Vabadussoja_Ajaloo_Komitee, lk 8
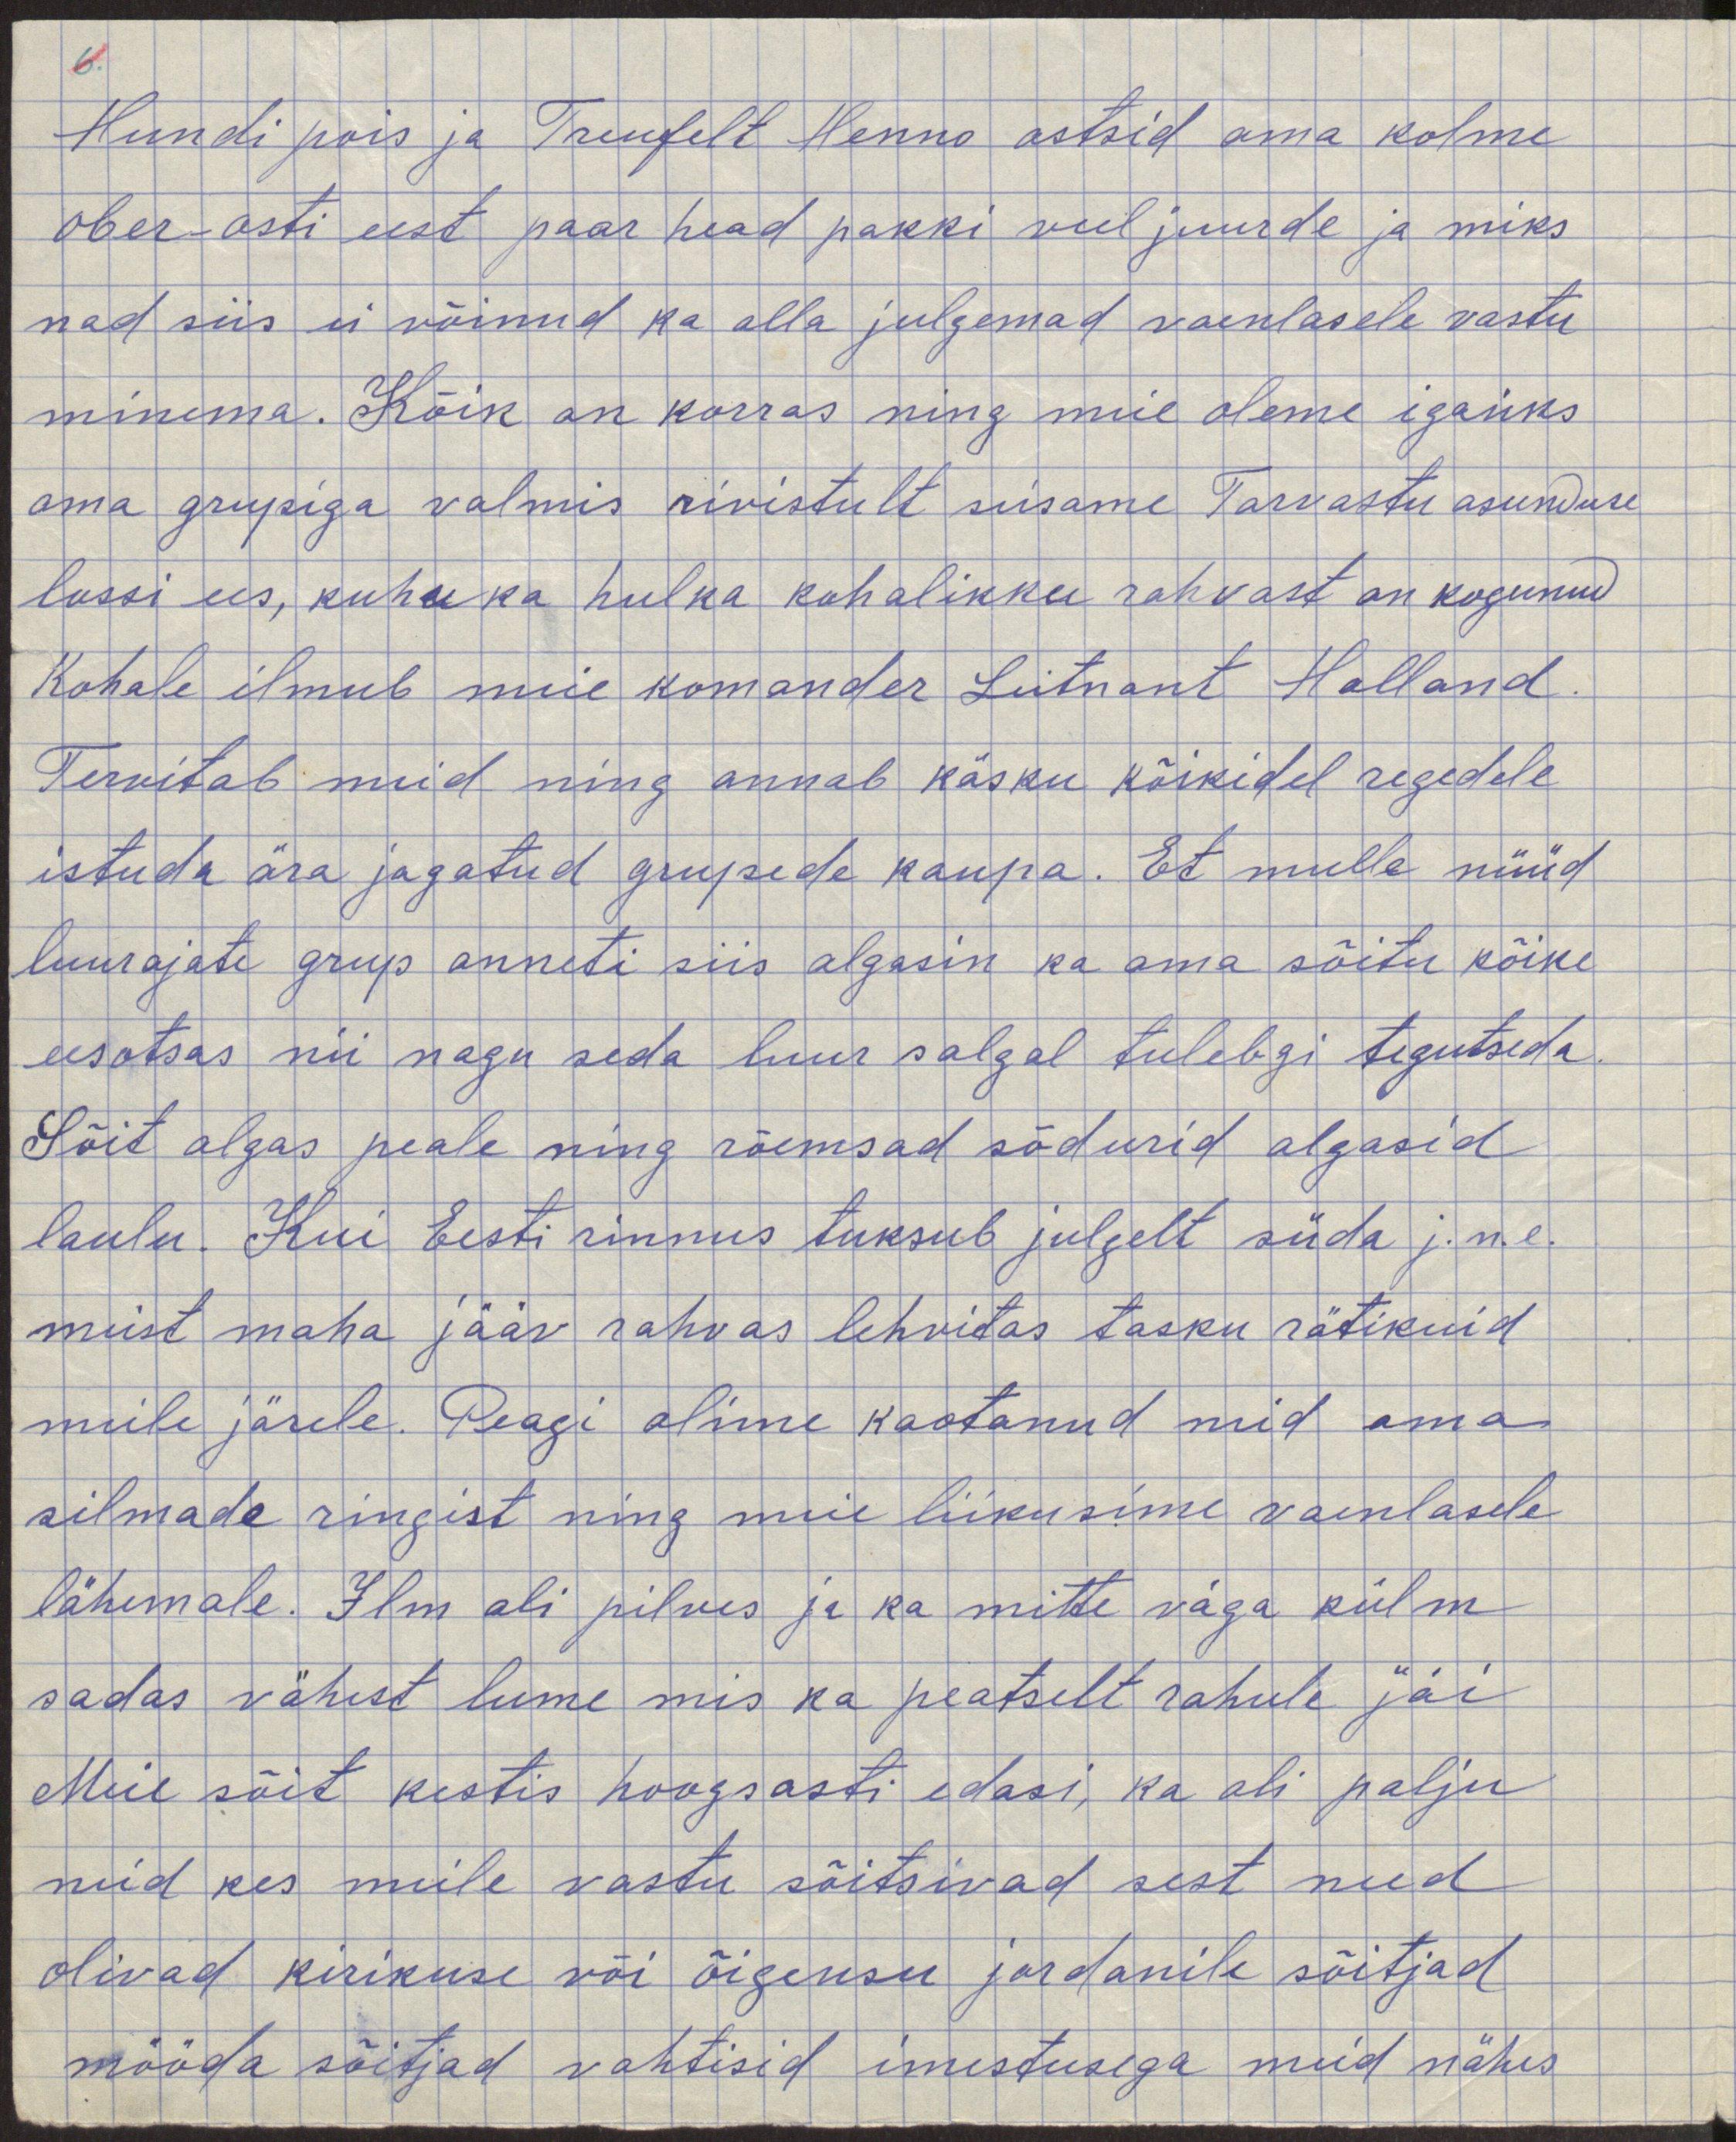
Hundi pois ja Trunfelt Henno ostsid oma kolme
ober-osti eest paar head pakki veel juurde ja miks
nad siis ei võinud ka olla julgemad vaenlasele vastu
minema. Kõik on korras ning meie olime igaüks
oma grupiga valmis rivistult seisame Tarvastu asunduse
lossi ees, kuhu ka hulka kohalikku rahvast on kogunenud
Kohale ilmub meie komander Leitnant Halland
Tervitab meid ning annab käsku kõikidele regedele
istuda ära jagatud grupede kaupa. Et mulle nüüd
luurajate grup anneti siis algasin ka oma sõitu kõike
eesotsas nii nagu seda luursalgal tulebki tegutseda
Sõit algas peale ning rõemsad sõdurid algasid
laulu. Kui Eesti rinnus tuksub julgelt süda j.n.e.
meist maha jääv rahvas lehvitas tasku rätikuid
meile järele. Peagi olime kaotanud neid oma
silmade ringist ning meie liikusime vaenlasele
lähemale. Ilm oli pilves ja ka mitte väga külm
sadas vähest lume mis ka peatselt rahule jäi
Meie sõit kestis hoogsasti edasi, ka oli palju
neid kes meile vastu sõitsivad sest need
olivad kirikuse või õigeusu jordanile sõitjad
mööda sõitjad vahtisid imestusega meid nähes